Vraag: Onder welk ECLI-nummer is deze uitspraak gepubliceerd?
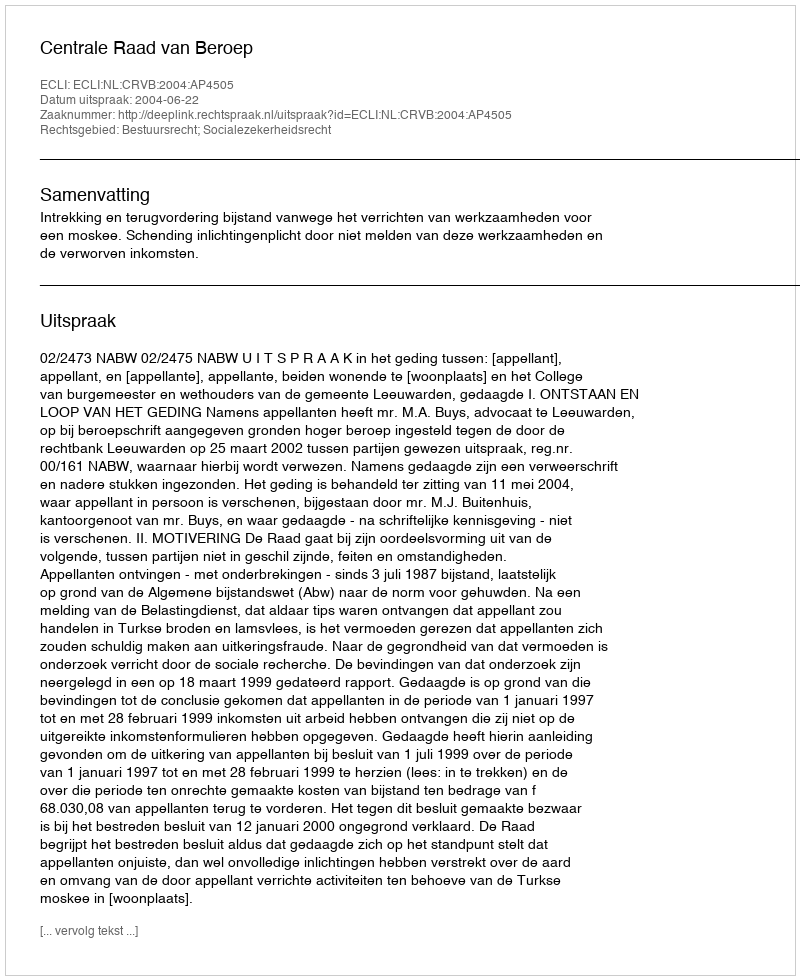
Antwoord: ECLI:NL:CRVB:2004:AP4505